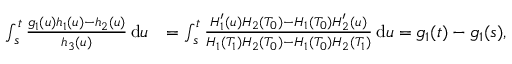
\begin{array} { r l } { \int _ { s } ^ { t } \frac { g _ { 1 } ( u ) h _ { 1 } ( u ) - h _ { 2 } ( u ) } { h _ { 3 } ( u ) } \, \mathrm { d } u } & { = \int _ { s } ^ { t } \frac { H _ { 1 } ^ { \prime } ( u ) H _ { 2 } ( T _ { 0 } ) - H _ { 1 } ( T _ { 0 } ) H _ { 2 } ^ { \prime } ( u ) } { H _ { 1 } ( T _ { 1 } ) H _ { 2 } ( T _ { 0 } ) - H _ { 1 } ( T _ { 0 } ) H _ { 2 } ( T _ { 1 } ) } \, \mathrm { d } u = g _ { 1 } ( t ) - g _ { 1 } ( s ) , } \end{array}